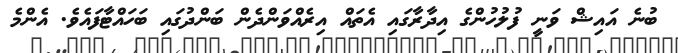
ބުނެ އައިޝް ވަނީ ފުލުހުންގެ އިދާރާގައި އެތައް އިރެއްވަންދެން ބަންދުގައި ބަހައްޓާފައެވެ. އެންމެ